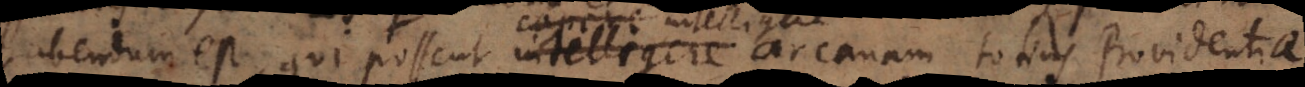
habendum est, qui possent intelligere arcanam totius providentiae